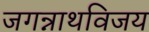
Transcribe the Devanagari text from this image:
जगन्नाथविजय